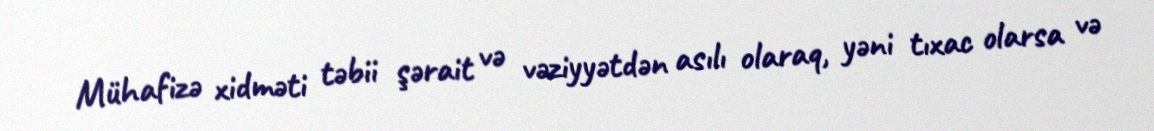
Mühafizə xidməti təbii şərait və vəziyyətdən asılı olaraq, yəni tıxac olarsa və